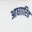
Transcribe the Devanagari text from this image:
आधाारित